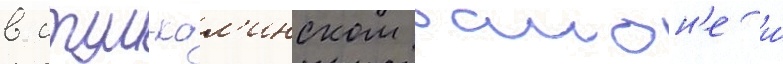
в итум-кал'инском раион'е и́